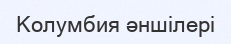
Колумбия әншілері